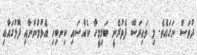
ދުވަސް ނަގައެވެ. މި ވައިރަސް ފެތުރެނީ ބަލިމީހާ ކެއްސައި ކިނބިހި އެޅުމުންނާއި ފޮޅުގައާއި